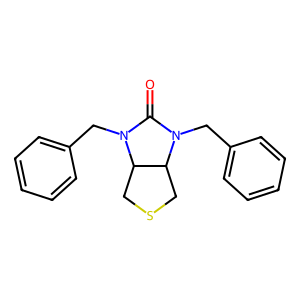
SMILES: O=C1N(Cc2ccccc2)C2CSCC2N1Cc1ccccc1
Inhibits HIV replication: No